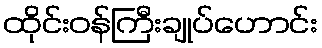
ထိုင်းဝန်ကြီးချုပ်ဟောင်း